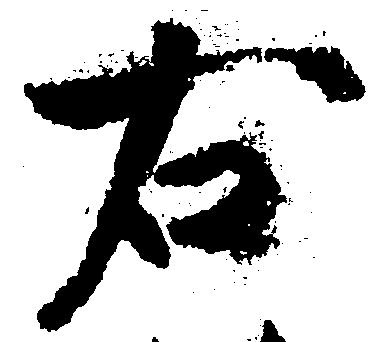
右